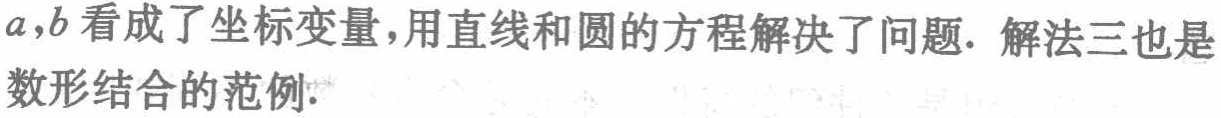
\(a,b\)看成了坐标变量，用直线和圆的方程解决了问题. 解法三也是数形结合的范例.